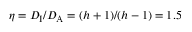
\eta = D _ { \mathrm { I } } / D _ { \mathrm { A } } = ( h + 1 ) / ( h - 1 ) = 1 . 5